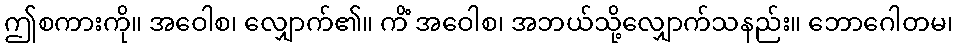
ဤစကားကို။ အဝေါစ၊ လျှောက်၏။ ကိံ အဝေါစ၊ အဘယ်သို့လျှောက်သနည်း။ ဘောဂေါတမ၊